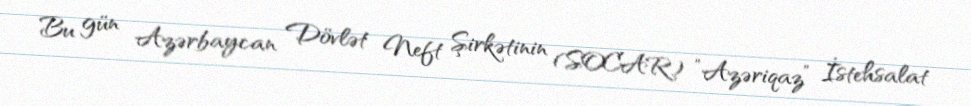
Bu gün Azərbaycan Dövlət Neft Şirkətinin (SOCAR) ”Azəriqaz” İstehsalat